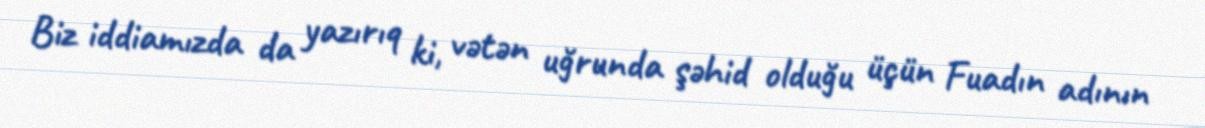
Biz iddiamızda da yazırıq ki, vətən uğrunda şəhid olduğu üçün Fuadın adının